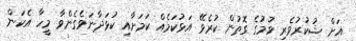
އަށް ޝުކުރުވެރި ވުމުގެ ގޮތުން ކުރެވޭ އަޅުކަމެއް ކަމަށާއި ކުޅަދާނަވެގެންވާ މީހާ އެކަން